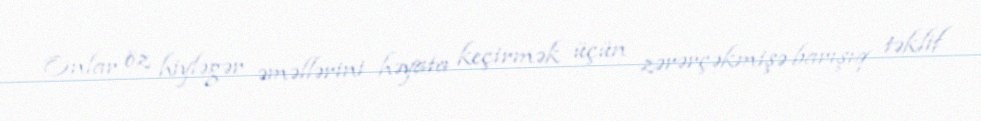
Onlar öz hiyləgər əməllərini həyata keçirmək üçün zərərçəkmişə barışıq təklif